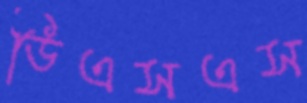
ডিএসএস